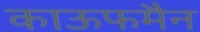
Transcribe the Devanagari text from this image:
काऊफमैन